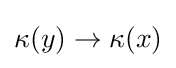
\kappa (y)\to \kappa (x)